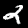
Digit: 2